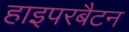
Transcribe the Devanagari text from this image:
हाइपरबैटन